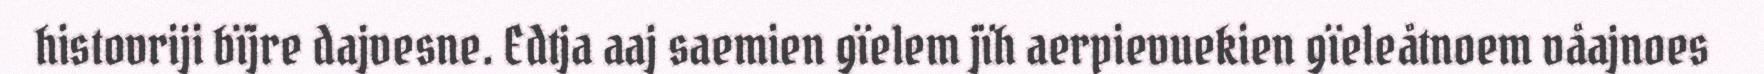
histovriji bïjre dajvesne. Edtja aaj saemien gïelem jïh aerpievuekien gïeleåtnoem våajnoes